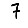
Digit: 7